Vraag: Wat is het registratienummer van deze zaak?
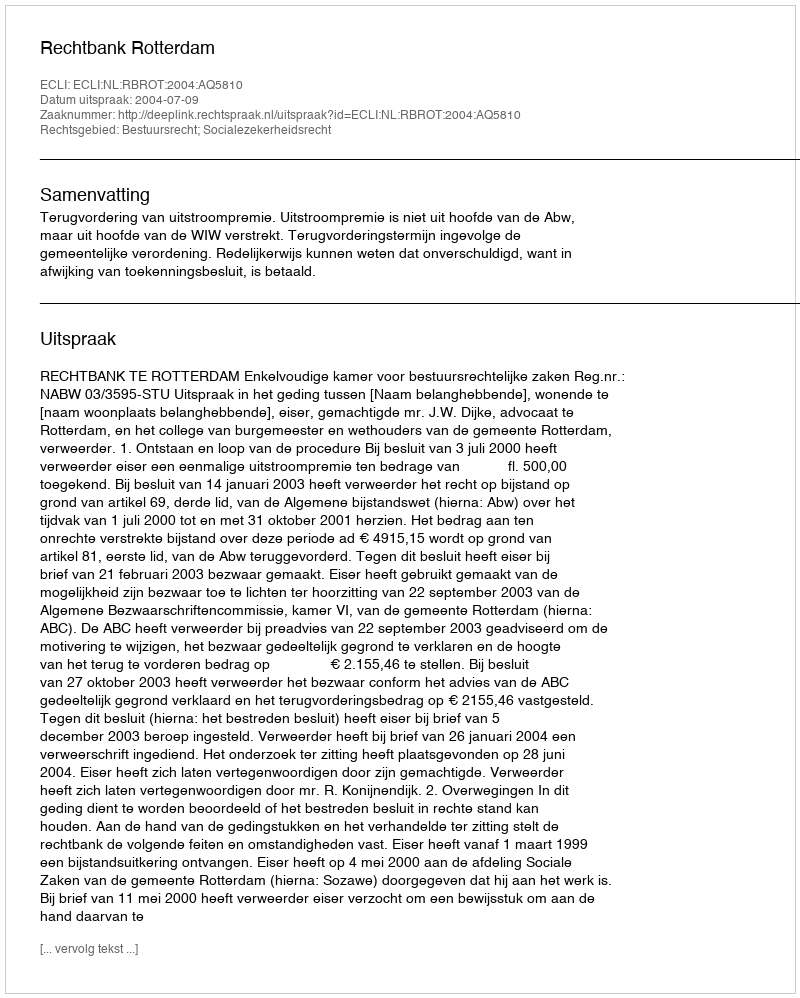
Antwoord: http://deeplink.rechtspraak.nl/uitspraak?id=ECLI:NL:RBROT:2004:AQ5810